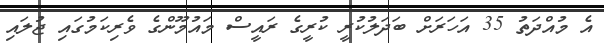
އެ މުއްދަތު 35 އަހަރަށް ބަދަލުކުރީ ކުރީގެ ރައީސް މައުމޫންގެ ވެރިކަމުގައި ޖުލައި